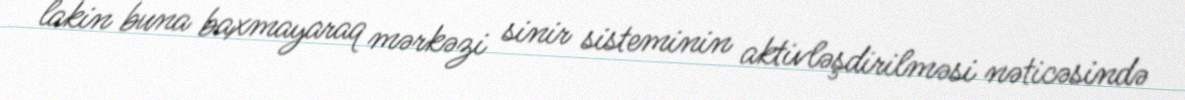
lakin buna baxmayaraq mərkəzi sinir sisteminin aktivləşdirilməsi nəticəsində